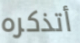
أتذكره